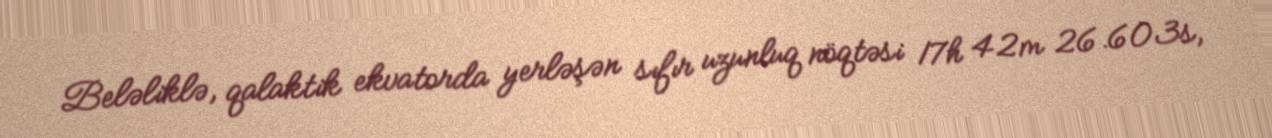
Beləliklə, qalaktik ekvatorda yerləşən sıfır uzunluq nöqtəsi 17h 42m 26.603s,